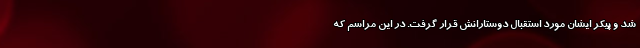
شد و پیکر ایشان مورد استقبال دوستارانش قرار گرفت. در این مراسم که